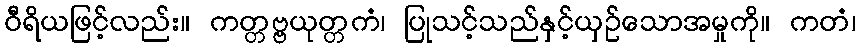
ဝီရိယဖြင့်လည်း။ ကတ္တဗ္ဗယုတ္တကံ၊ ပြုသင့်သည်နှင့်ယှဉ်သောအမှုကို။ ကတံ၊